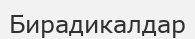
Бирадикалдар